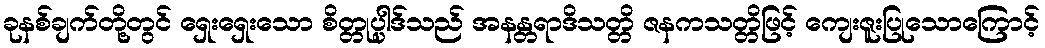
ခုနစ်ချက်တို့တွင် ရှေးရှေးသော စိတ္တုပ္ပါဒ်သည် အနန္တရာဒိသတ္တိ ဇနကသတ္တိဖြင့် ကျေးဇူးပြုသောကြောင့်